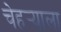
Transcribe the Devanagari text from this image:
चेहर्‍याला